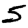
Digit: 5